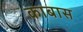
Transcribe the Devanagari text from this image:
काबास